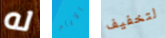
له الايام لتخفيف